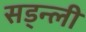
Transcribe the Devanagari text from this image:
सड्न्ली